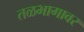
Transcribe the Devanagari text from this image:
तळभागावर